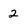
Character: 2